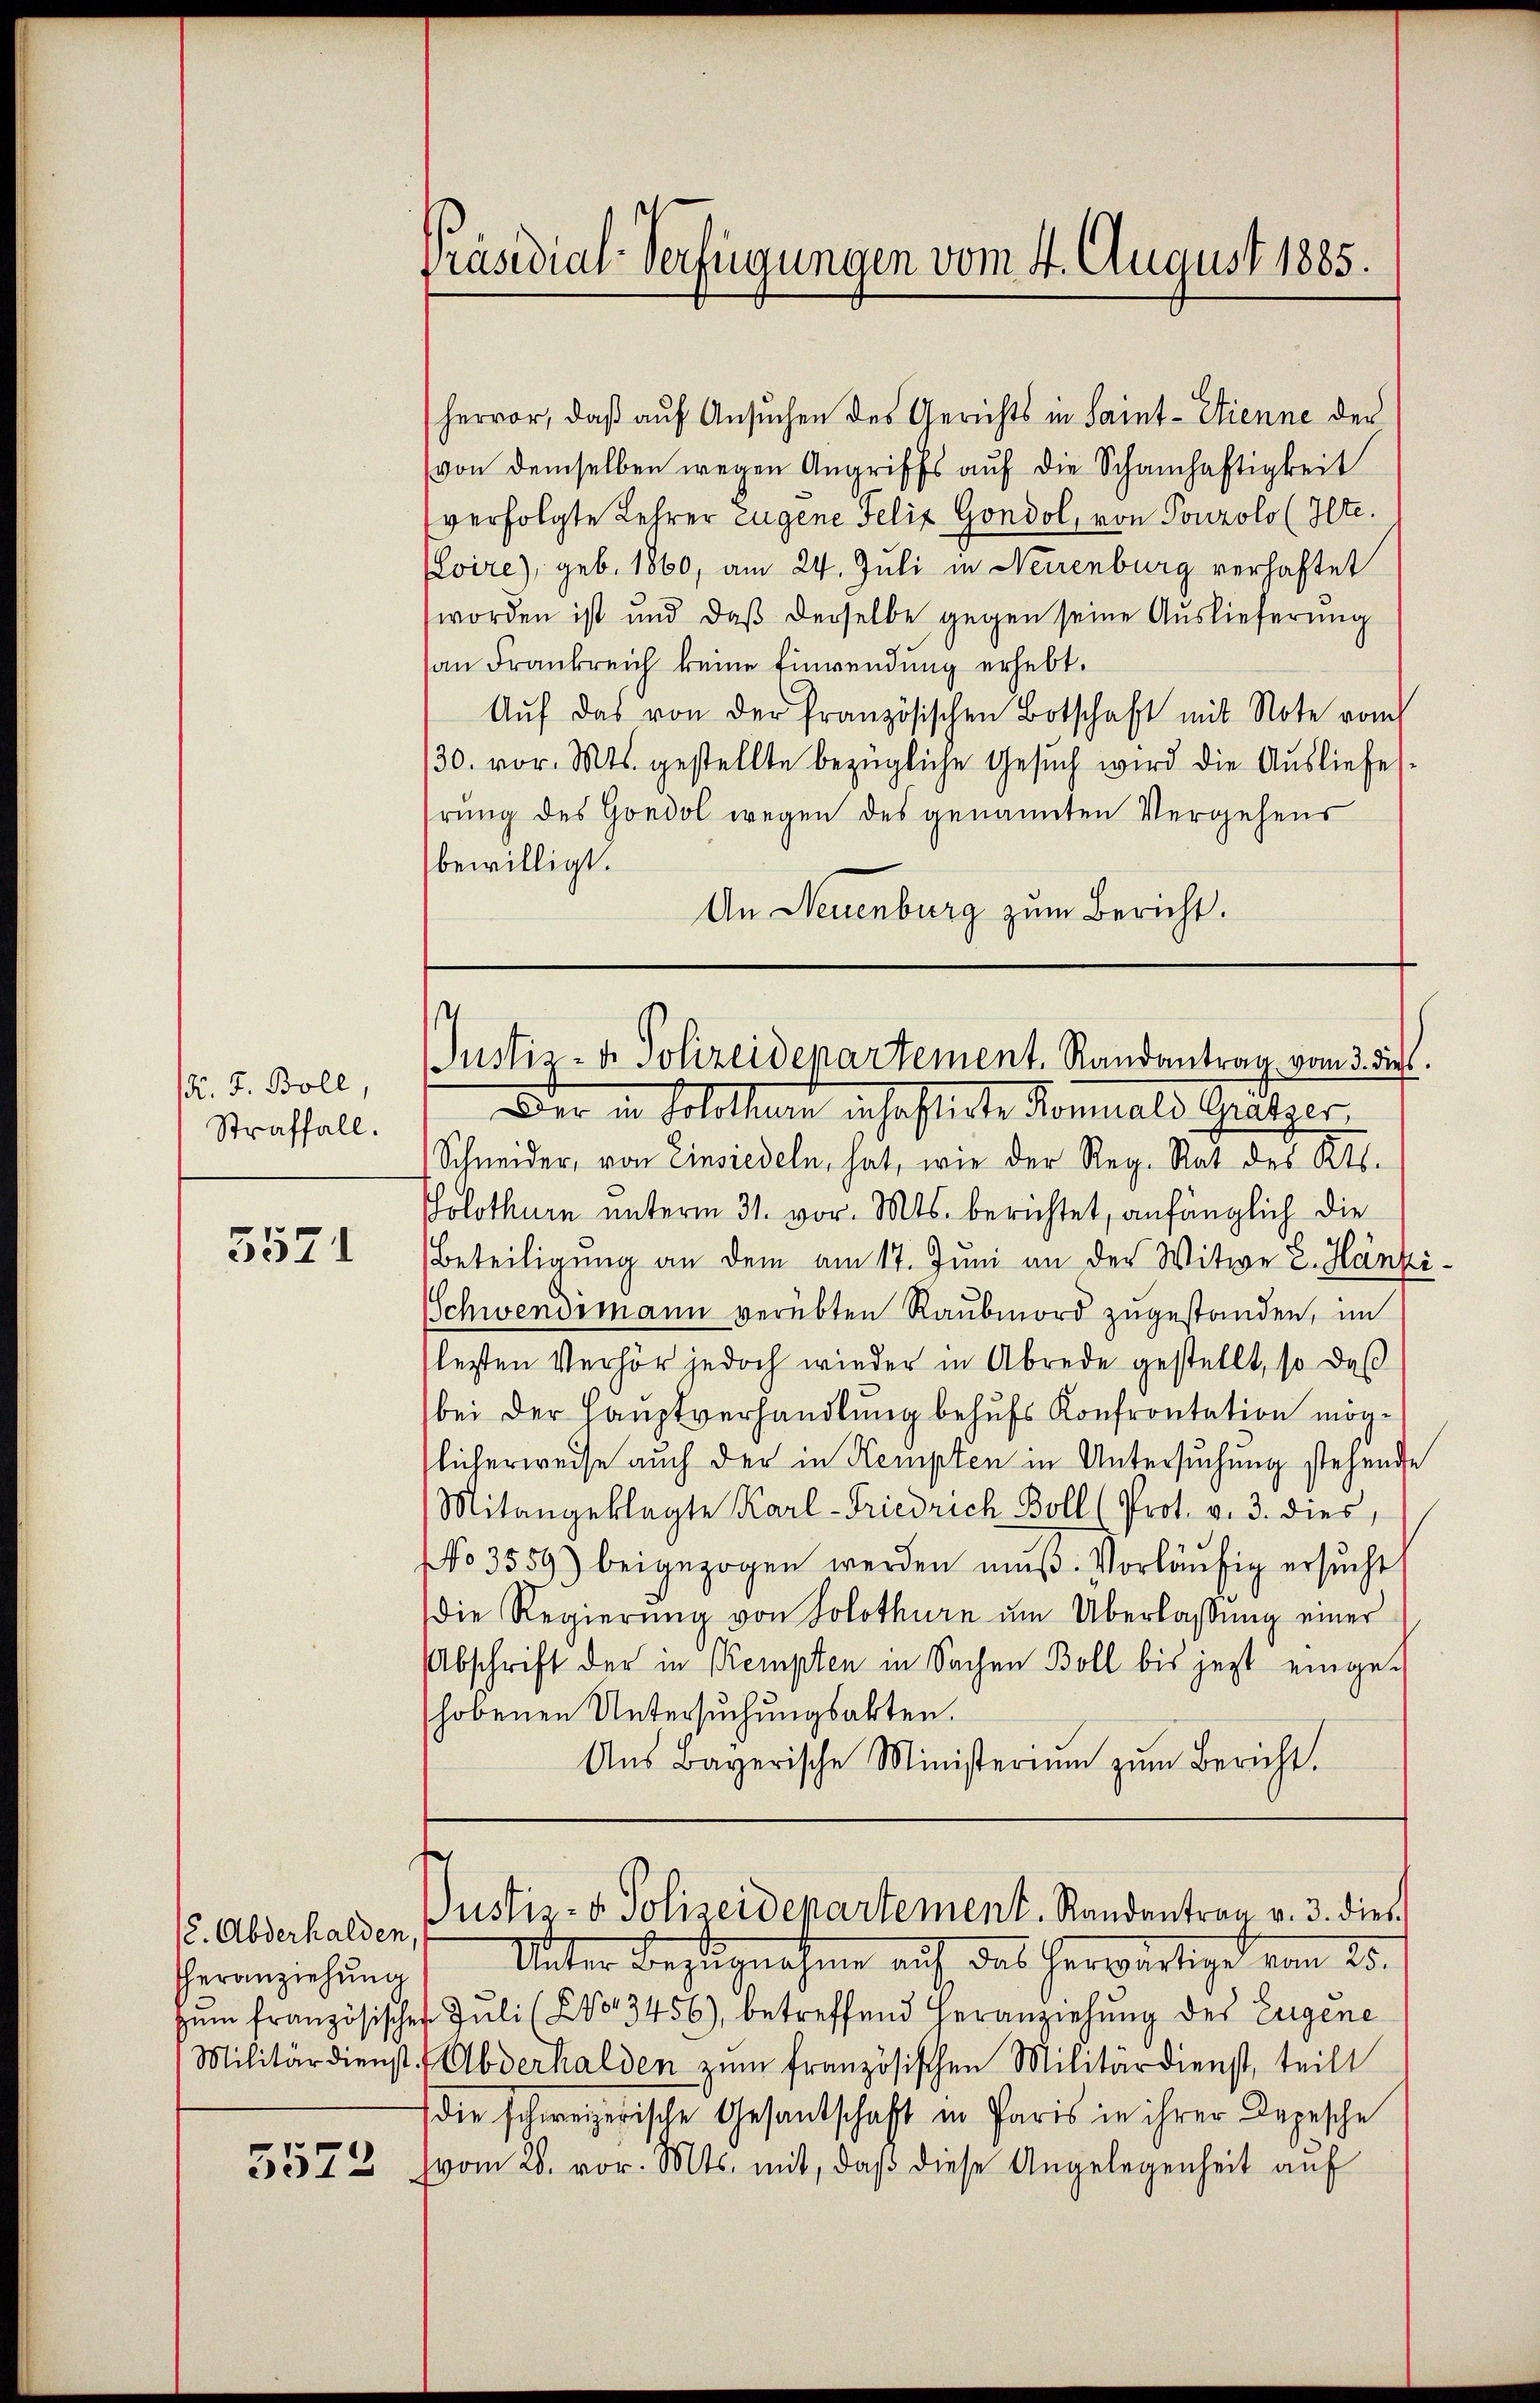
pr. F. Boll,
Straffall.

3571

(. Abderhalden,
Theranziehung
zum französische
Militärdienst

5572

Präsidial-Verfügungen vom 4. August 1885.

hervor, daß auf Ansuchen des Gerichts in Saint-Etienne der
(von demselben wegen Angriffs auf die Schamhaftigkeit
verfolgte Lehrer Eugene Felix Gondol, von Pourolo (Ilte.
vire), geb. 1860, am 24. Juli in Neuenburg verhaftet
worden ist und daß derselbe gegen seine Auslieferung
an Frankreich keine Einwendung erhebt.
Aŭf das von der französischen Botschaft mit Note vom
30. vor. Mts. gestellte bezügliche Gesuch wird die Ausliefesrung des Gondol wegen des genannten Vergehens
bewilligt.
An Neuenburg zum Bericht.

s
Justiz- & Polizeidepartement. Randantrag vom 3. dies

Der in Solothurn inhaftigte Komials Gratzer
Schneider, von Einsiedeln, hat, wie der Reg. Rat des Kts.
Solothurn unterm 31. vor. Mts. berichtet, anfänglich die
Beteiligung an dem am 17. Juni an der Witwe E. Hänzi
Schwendimann verübten Raubmord zugestanden, im
lezten Verhör jedoch wieder in Abrede gestellt, so daß
bei der Hauptverhandlung behufs Konfrontation möglicherweise auch der in Kempten in Untersuchung stehende
Mitangeklagte Karl-Friedrich Boll (Prot. v. 3. dies,
No 3559) beigezogen werden muß. Vorläufig ersucht,
die Regierŭng von Solothurn ŭm Überlassŭng einer
bschrift der in Kempten in Sachen Boll bis jezt eingehobenen Untersuchungsakten.
Aŭs Bayerische Ministerium zŭm Bericht.
t
Justiz- & Polizeidepartement. Randantrag v. 3. dies
Unter Bezugnahme auf das herwärtige vom 25.
4 Juli (C No 3456), betreffend Heranziehung des Eugene
Abderhalden zum französischen Militärdienst, teilt
die schweizerische Gesandschaft in Paris in ihrer Depesche
vom 28. vor. Mts. mit, daß diese Angelegenheit auf